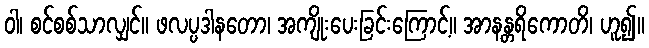
ဝါ၊ စင်စစ်သာလျှင်။ ဖလပ္ပဒါနတော၊ အကျိုးပေးခြင်းကြောင့်။ အာနန္တရိကောတိ၊ ဟူ၍။